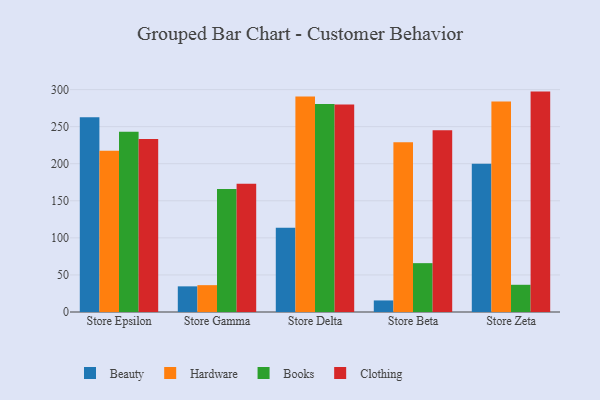
{"axis": {"x": "Store", "y": "Churn Rate (%)"}, "legend": ["Beauty", "Books", "Clothing", "Hardware"], "data": [{"x": "Store Epsilon", "y": 262.8, "type": "Beauty"}, {"x": "Store Epsilon", "y": 217.5, "type": "Hardware"}, {"x": "Store Epsilon", "y": 243.2, "type": "Books"}, {"x": "Store Epsilon", "y": 233.3, "type": "Clothing"}, {"x": "Store Gamma", "y": 34.6, "type": "Beauty"}, {"x": "Store Gamma", "y": 36.2, "type": "Hardware"}, {"x": "Store Gamma", "y": 165.9, "type": "Books"}, {"x": "Store Gamma", "y": 172.9, "type": "Clothing"}, {"x": "Store Delta", "y": 113.8, "type": "Beauty"}, {"x": "Store Delta", "y": 290.6, "type": "Hardware"}, {"x": "Store Delta", "y": 280.5, "type": "Books"}, {"x": "Store Delta", "y": 279.8, "type": "Clothing"}, {"x": "Store Beta", "y": 15.6, "type": "Beauty"}, {"x": "Store Beta", "y": 229.0, "type": "Hardware"}, {"x": "Store Beta", "y": 65.9, "type": "Books"}, {"x": "Store Beta", "y": 245.0, "type": "Clothing"}, {"x": "Store Zeta", "y": 200.0, "type": "Beauty"}, {"x": "Store Zeta", "y": 284.1, "type": "Hardware"}, {"x": "Store Zeta", "y": 36.7, "type": "Books"}, {"x": "Store Zeta", "y": 297.3, "type": "Clothing"}]}